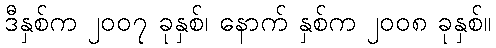
ဒီနှစ်က ၂၀၀၇ ခုနှစ်၊ နောက် နှစ်က ၂၀၀၈ ခုနှစ်။